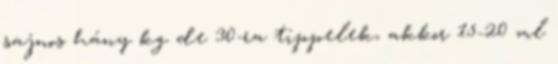
sajnos hány kg de 30-ra tippelek, akkor 15-20 ml